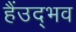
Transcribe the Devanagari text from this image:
हैंउद्भव